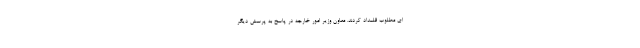
ای مطلوب قلمداد کردند. معاون وزیر امور خارجه در پاسخ به پرسش دیگر